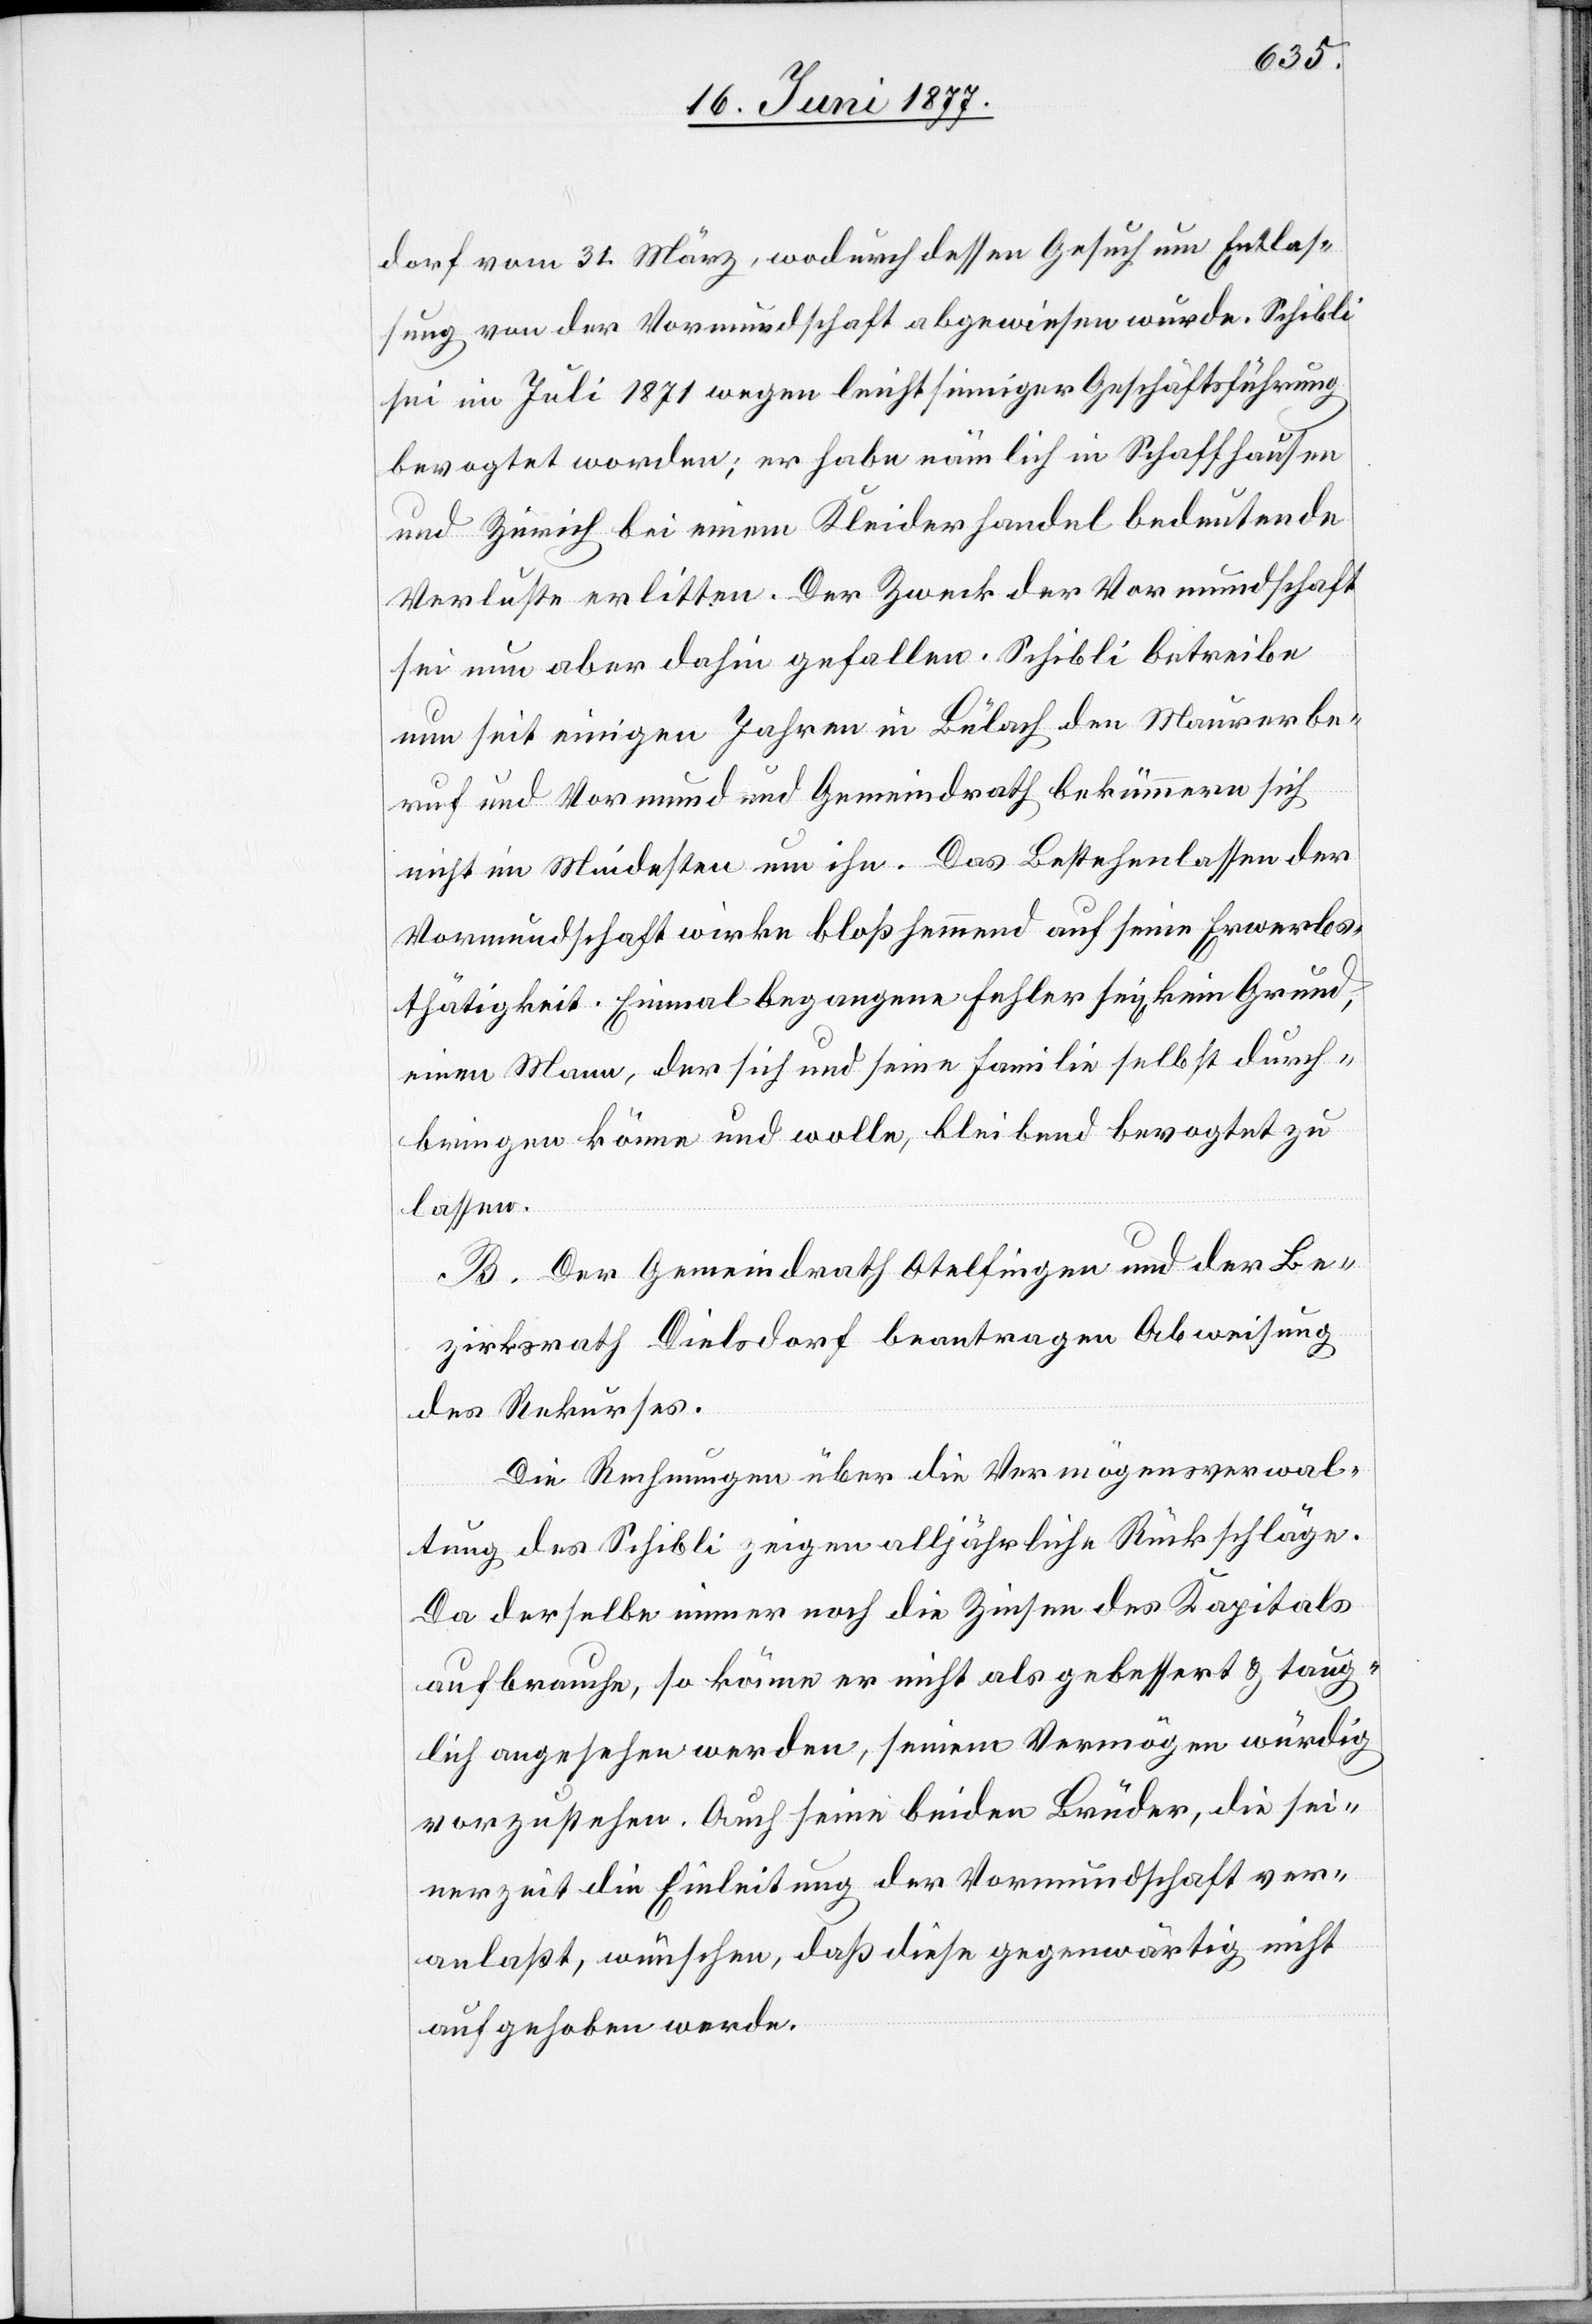
dorf vom 31. März, wodurch dessen Gesuch um Entlas¬
sung von der Vormundschaft abgewiesen wurde. Schibli
sei im Juli 1873 wegen leichtsinniger Geschäftsführung
bevogtet worden; er habe nämlich in Schaffhausen
und Zürich bei einem Kleiderhandel bedeutende
Verluste erlitten. Der Zweck der Vormundschaft
sei nun aber dahin gefallen. Schibli betreibe
nun seit einigen Jahren in Bülach den Maurerbe¬
ruf und Vormund und Gemeindrath bekümmern sich
nicht im Mindesten um ihn. Das Bestehenlassen der
Vormundschaft wirke bloß hemmend auf seine Erwerbs¬
thätigkeit. Einmal begangene Fehler sei[en] kein Grund,
einen Mann, der sich und seine Familie selbst durch¬
bringen könne und wolle, bleibend bevogtet zu
lassen.
B. Der Gemeindrath Otelfingen und der Be¬
zirksrath Dielsdorf beantragen Abweisung
des Rekurses.
Die Rechnungen über die Vermögensverwal¬
tung des Schibli zeigen alljährliche Rückschläge.
Da derselbe immer noch die Zinsen des Kapitals
aufbrauche, so könne er nicht als gebessert & taug¬
lich angesehen werden, seinem Vermögen würdig
vorzustehen. Auch seine beiden Brüder, die sei¬
nerzeit die Einleitung der Vormundschaft ver¬
anlaßt, wünschen, daß diese gegenwärtig nicht
aufgehoben werde.